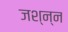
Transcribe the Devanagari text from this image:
जश्न्न